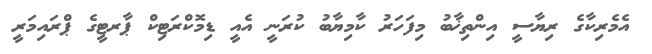
އެމެރިކާގެ ރިޔާސީ އިންތިޚާބު މިފަހަރު ކާމިޔާބު ކުރަނީ އެއީ ޑިމޮކްރަޓިކް ޕާރޓީގެ ޕްރައިމަރީ